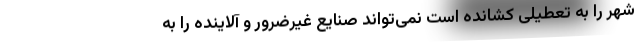
شهر را به تعطیلی کشانده است نمی‌تواند صنایع غیرضرور و آلاینده را به